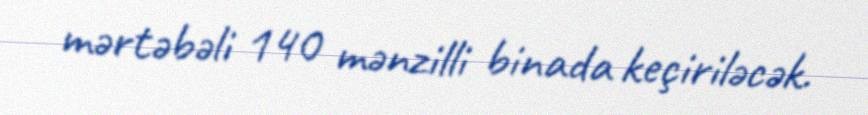
mərtəbəli 140 mənzilli binada keçiriləcək.